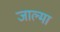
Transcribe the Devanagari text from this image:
जाल्मा